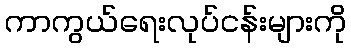
ကာကွယ်ရေးလုပ်ငန်းများကို